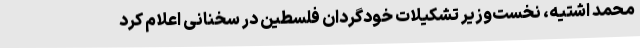
محمد اشتیه، نخست‌وزیر تشکیلات خودگردان فلسطین در سخنانی اعلام کرد